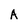
Character: A